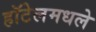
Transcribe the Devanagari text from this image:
हॉटेलमधले